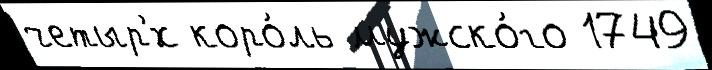
четыр'́х коро́ль мужско́го 1749